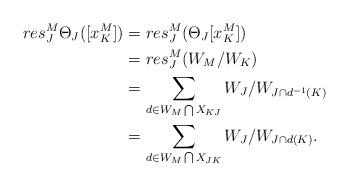
LaTeX: \begin{align*}{res_J^{M}}{\Theta_J}([x_K^{M}]) &={res_J^{M}}({\Theta_J}[x_K^{M}])\\&={res_J^{M}}(W_{M}/W_{K})\\&=\sum_{d\in{{W_M}\bigcap{X_{KJ}}}}W_{J}/W_{J\cap{d^{-1}(K)}}\\&=\sum_{d\in{{W_M}\bigcap{X_{JK}}}}{W_{J}/W_{J\cap{d(K)}}}.\end{align*}